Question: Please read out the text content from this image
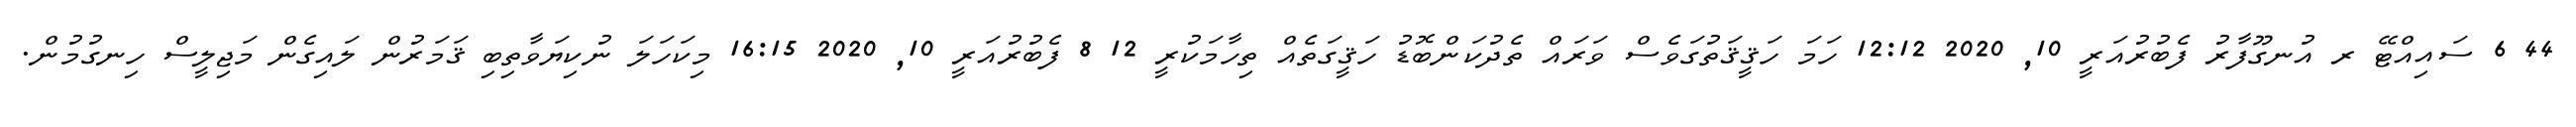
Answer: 44 6 ސައިއްޓޭ ރ އުނގޫފާރު ފެބުރުއަރީ 10, 2020 12:12 ހަމަ ހަޤީޤަތުގަވެސް ވަރައް ތެދުކަންބޮޑު ހަޤީގަތެއް ތިހާމަކުރީ 12 8 ފެބުރުއަރީ 10, 2020 16:15 މިކަހަލަ ނުކިޔަވާތިބި ޤަމަރުން ލައިގެން މަޖިލީސް ހިނގުމުން.